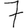
Digit: 7